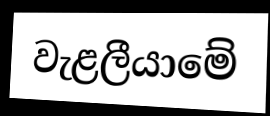
වැළලීයාමේ